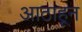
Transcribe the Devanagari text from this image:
आठाहून